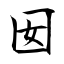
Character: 囡